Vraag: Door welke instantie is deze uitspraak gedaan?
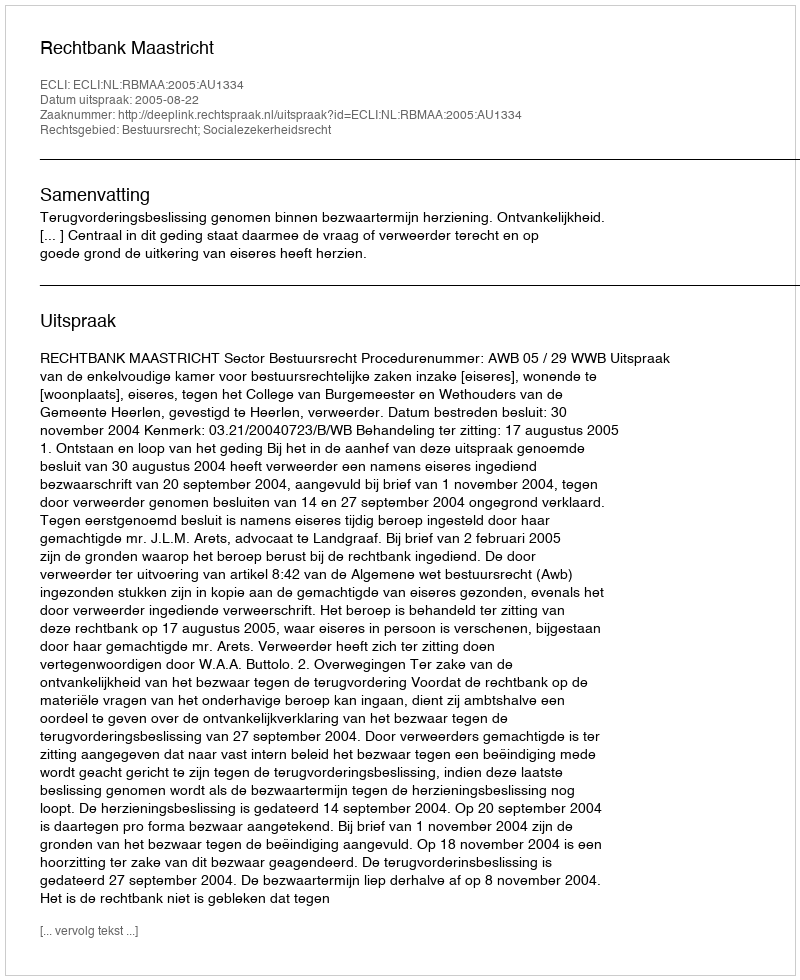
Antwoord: Rechtbank Maastricht